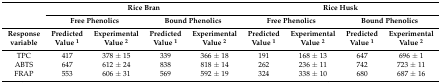
<table><thead><tr><td rowspan="2"></td><td colspan="4"><b>Rice Bran</b></td><td colspan="4"><b>Rice Husk</b></td></tr><tr><td colspan="2"><b>Free Phenolics</b></td><td colspan="2"><b>Bound Phenolics</b></td><td colspan="2"><b>Free Phenolics</b></td><td colspan="2"><b>Bound Phenolics</b></td></tr><tr><td><b>Response variable</b></td><td><b>Predicted Value <sup>1</sup></b></td><td><b>Experimental Value <sup>2</sup></b></td><td><b>Predicted Value <sup>1</sup></b></td><td><b>Experimental Value <sup>2</sup></b></td><td><b>Predicted Value <sup>1</sup></b></td><td><b>Experimental Value <sup>2</sup></b></td><td><b>Predicted Value <sup>1</sup></b></td><td><b>Experimental Value <sup>2</sup></b></td></tr></thead><tbody><tr><td>TPC</td><td>417</td><td>378 ± 15</td><td>339</td><td>366 ± 18</td><td>191</td><td>168 ± 13</td><td>647</td><td>696 ± 1</td></tr><tr><td>ABTS</td><td>647</td><td>612 ± 24</td><td>838</td><td>818 ± 14</td><td>262</td><td>236 ± 11</td><td>742</td><td>723 ± 11</td></tr><tr><td>FRAP</td><td>553</td><td>606 ± 31</td><td>569</td><td>592 ± 19</td><td>324</td><td>338 ± 10</td><td>680</td><td>687 ± 16</td></tr></tbody></table>